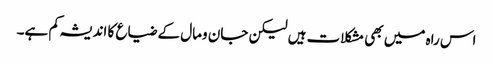
اس راہ میں بھی مشکلات ہیں لیکن جان ومال کے ضیاع کا اندیشہ کم ہے۔